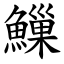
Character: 䲃